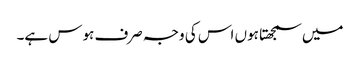
میں سمجھتا ہوں اس کی وجہ صرف ہوس ہے۔